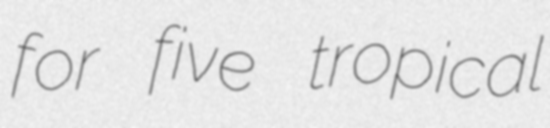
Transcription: for five tropical